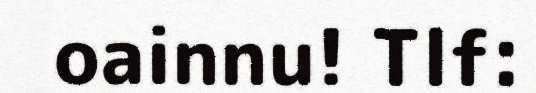
oainnu! Tlf: